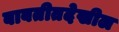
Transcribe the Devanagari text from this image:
बाबतीतदेखील